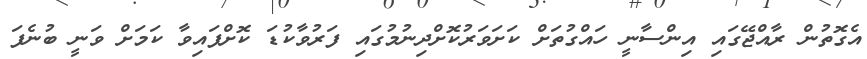
އެގޮތުން ރާއްޖޭގައި އިންސާނީ ހައްގުތަށް ކަށަވަރުކޮށްދިނުމުގައި ފަރުވާކުޑަ ކޮށްފައިވާ ކަމަށް ވަނީ ބުނެފަ